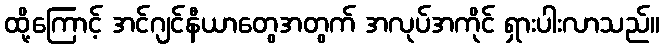
ထို့ကြောင့် အင်ဂျင်နီယာတွေအတွက် အလုပ်အကိုင် ရှားပါးလာသည်။